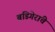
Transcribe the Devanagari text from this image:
बडिगेरांचे